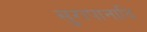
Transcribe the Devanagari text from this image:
सुरापानादि